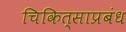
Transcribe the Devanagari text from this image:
चिकित्साप्रबंध